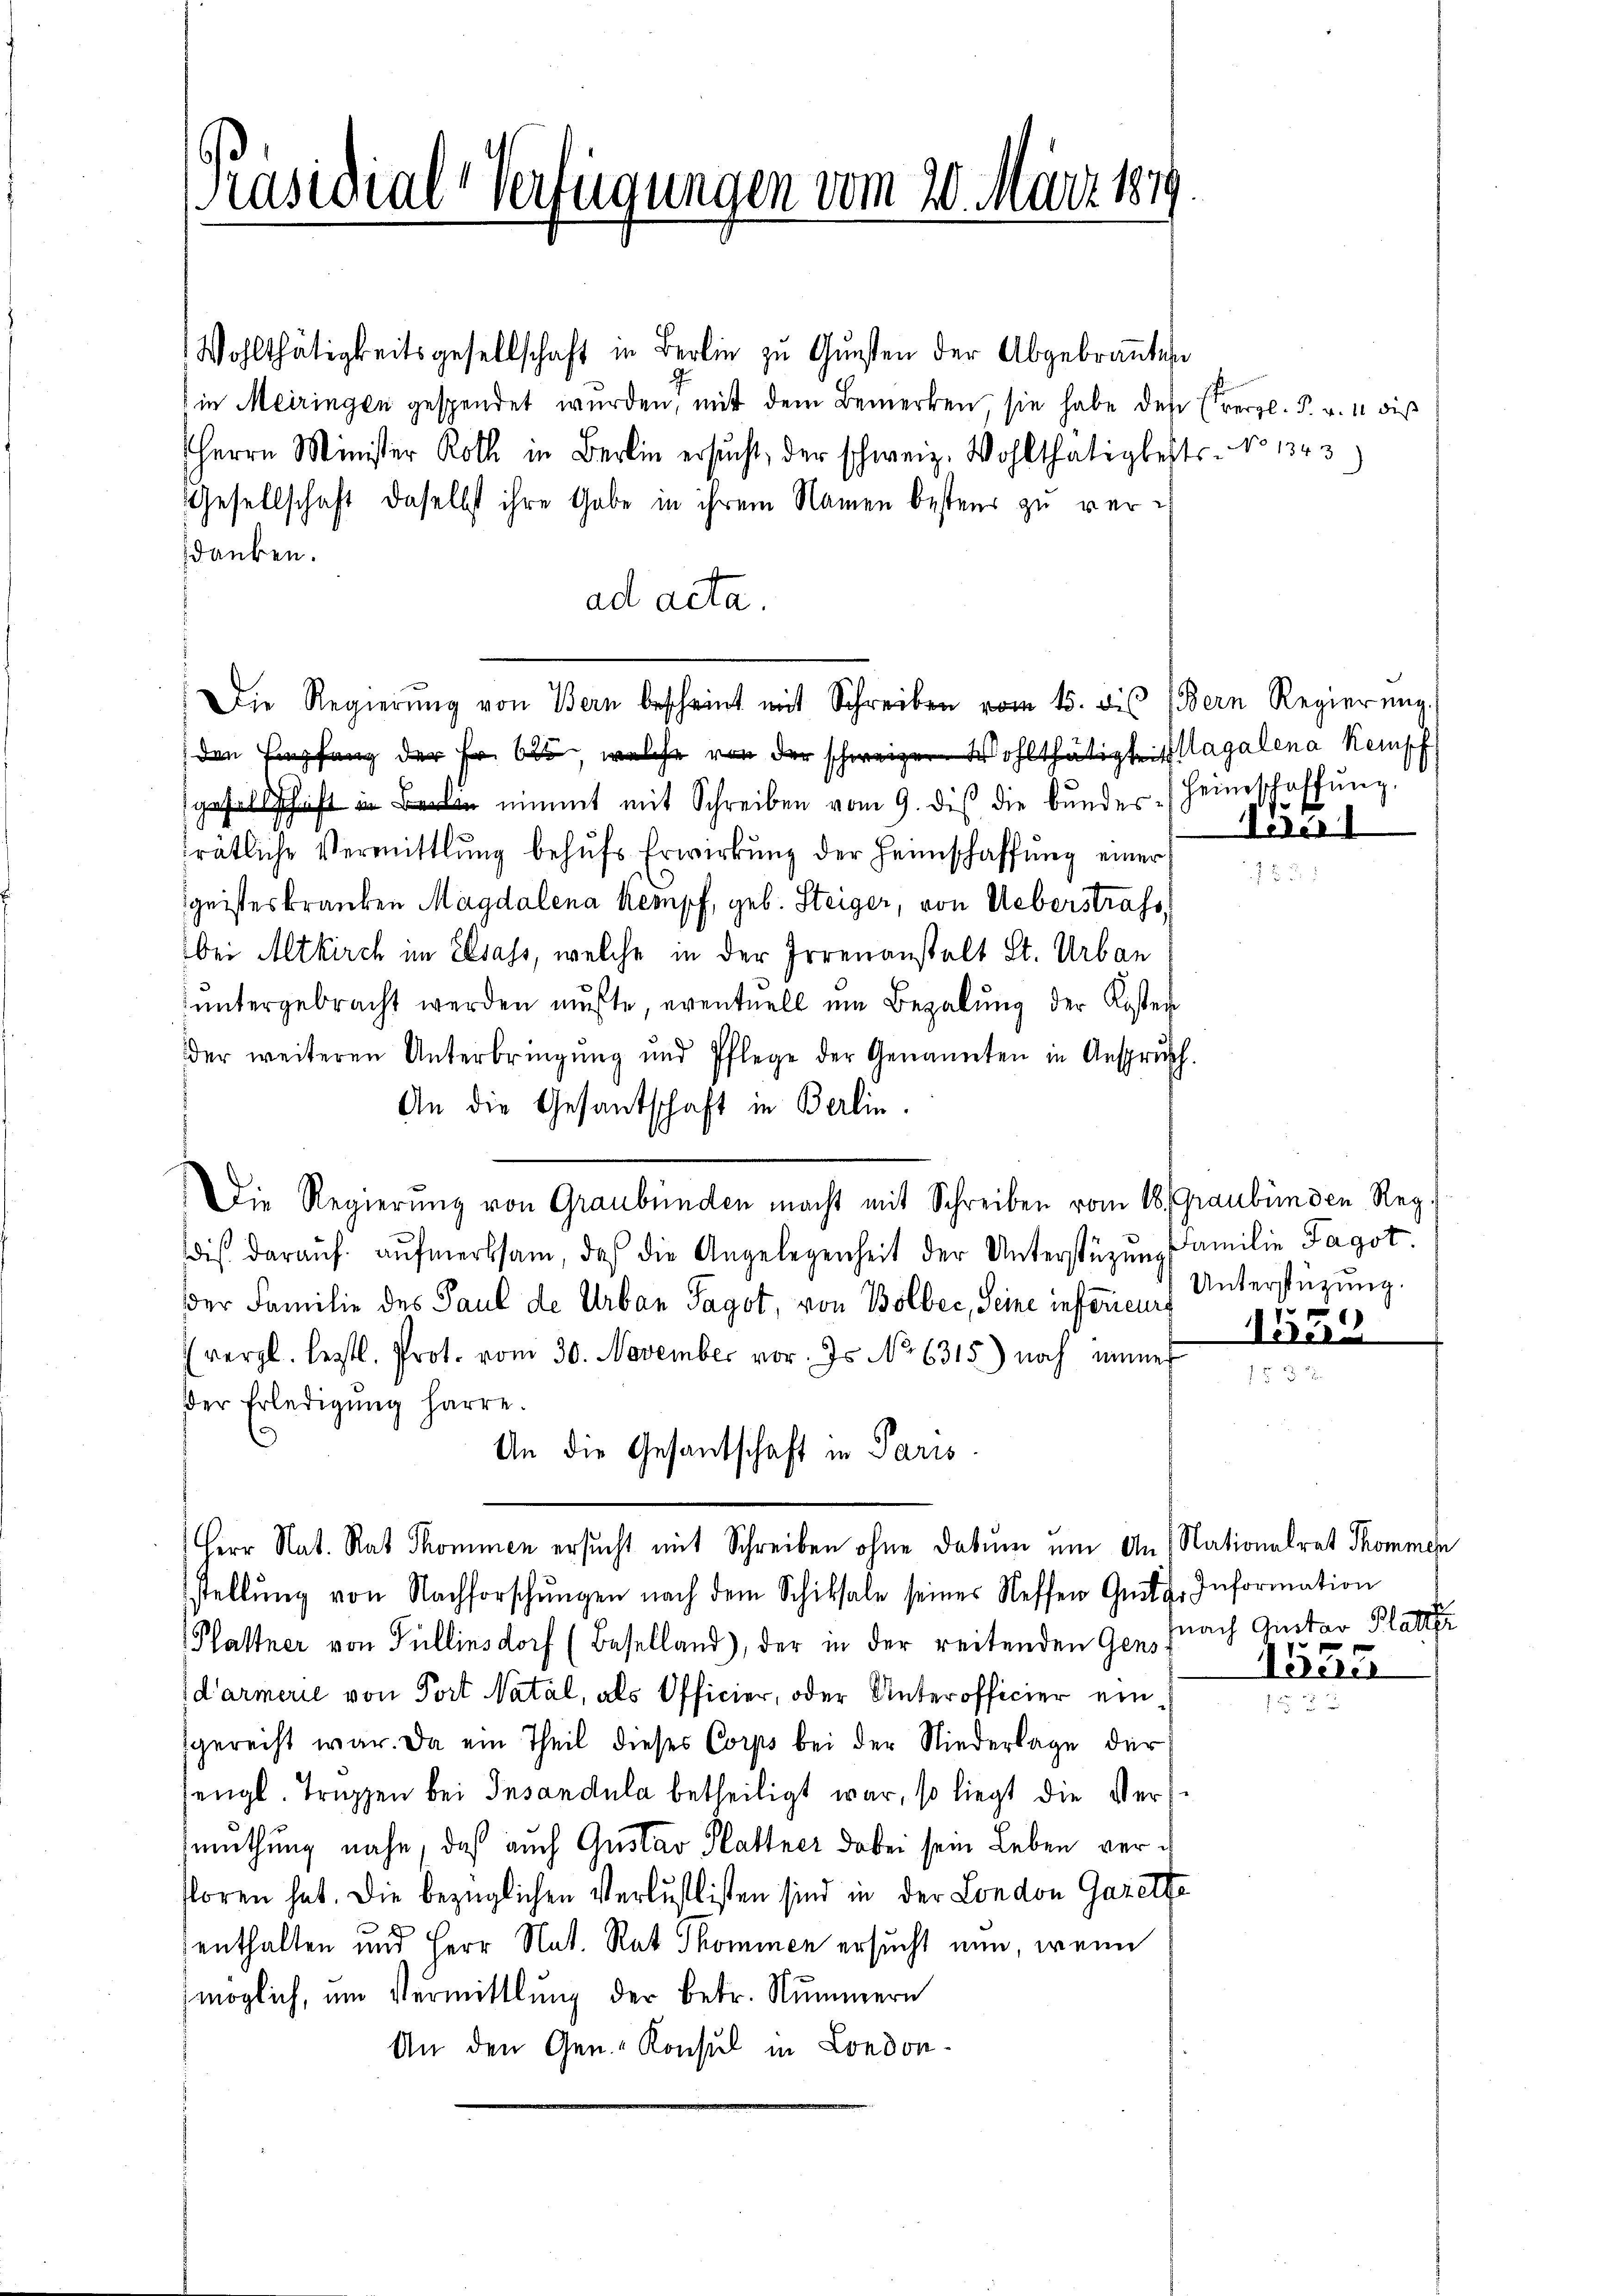
Präsidial-Verfügungen vom 20. März 1849

Wohlthätigkeitsgesellschaft in Berlin zŭ Gŭnsten der Abgebraṅten
in Meiringen gespendet wurden, mit dem Bemerken, sie habe des Erergl. P. v. 11 dies
Herrn Minister Roth in Berli ersŭcht, der schweiz. Wohlthätigkeits- No 1343)
Gesellschaft daselbst ihre Gabe in ihrem Namen bestens zu verdanken.
ad acta.
den Empfang der Fr. 605, welche von der schweizen Wohlthätigt Magalena Kempf
esellschaft nimmt mit Schreiben vom 9. dis die bŭndes Heimschaffŭng.
irätliche Vermittlung behŭfs Erwirkŭng der Heimschaffŭng einer
geisteskranken Magdalena Kempf, geb. Steiger, von Ueberstrafs
bei Altkirch im Elsass, welche in der Irrenanstalt St. Urban
ŭntergebracht werden mŭβte, eventuell ein Bezalŭng der Kosten
der weiteren Unterbringŭng und Pflege der Genannten in Anspruch.
An die Gesandschaft in Berlin.
DDie Regierung von Graubünden macht mit Schreiben vom 18. Graubünden Reg.
dis daraŭf aŭfmerksam, daß die Angelegenheit der Unterstüzung familie Fagot
der Familie des Paul de Urban Taget, von Bolbec, Seine infericus Unterstüzung.
(vergl. leztl. Prot. vom 30. November vor. Js. No 6315) noch inner
der Erledigung harre.
An die Gesandschaft in Paris
Herr Nat. Rat Thommen ersucht mit Schreiben ohne Datum um An (Nationalrat Thommen
stellŭng von Nachforschŭngen nach dem Schiksale seiner Neffen Gutgro
Plattner von Pullinsdorf (Beselland), der in der reitenden Genfnach Gustav Platter
d’armerie von Port Natal, als Officier, oder Unterofficier eingerecht war. Da ein Theil dieses Corps bei der Niederlage der
sengt Truppen bei Insandula betheiligt war, so liegt die Vermuthung nahe, daß auch Gustav Plattner dabei sein Leben versoren hat. Die bezüglichen Verlustlisten sind in der London Gazette
enthalten und Herr Nat. Rat Thominen ersucht nun, wenn
möglich, um Vermittlung der betr. Nummern
An den Gen.- Konsul in London¬

Die Regierŭng von Bern bescheint mit Schreiben vom 15. dis (Bern Regierŭng.

Päer1

119

Information
1525